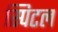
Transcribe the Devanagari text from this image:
स्पिटल